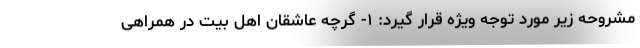
مشروحه زیر مورد توجه ویژه قرار گیرد: ۱- گرچه عاشقان اهل بیت در همراهی